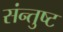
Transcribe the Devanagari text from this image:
संन्तुष्ट